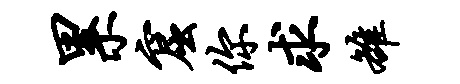
累窟你求雒